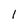
Character: 1